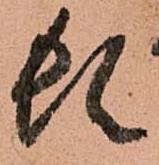
頓